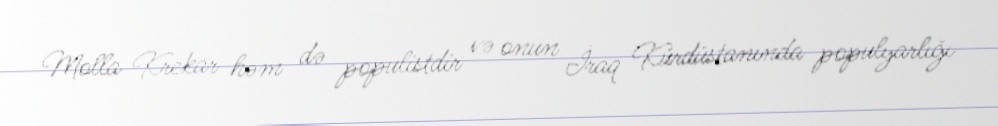
Molla Krekar həm də populistdir və onun İraq Kürdüstanında populyarlığı